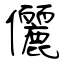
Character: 儷